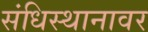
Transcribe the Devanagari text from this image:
संधिस्थानावर